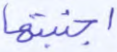
اجتبيتها